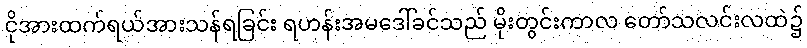
ငိုအားထက်ရယ်အားသန်ရခြင်း ရဟန်းအမဒေါ်ခင်သည် မိုးတွင်းကာလ တော်သလင်းလထဲ၌